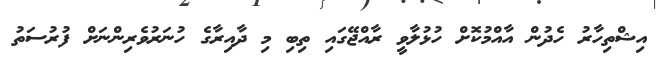
އިޝްތިހާރު ހެދުން އާއްމުކޮށް ހުޅުލާވީ ރާއްޖޭގައި ތިބި މި ދާއިރާގެ ހުނަރުވެރިންނަށް ފުރުސަތު